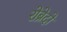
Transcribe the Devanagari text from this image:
रोब्रेदो